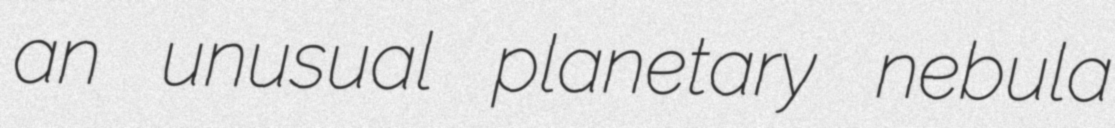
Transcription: an unusual planetary nebula